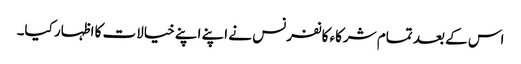
اس کے بعد تمام شرکاء کانفرنس نے اپنے اپنے خیالات کا اظہار کیا۔